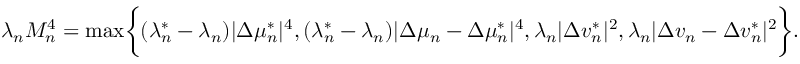
\begin{array} { r } { \lambda _ { n } M _ { n } ^ { 4 } = \operatorname* { m a x } \biggr \{ ( \lambda _ { n } ^ { * } - \lambda _ { n } ) | \Delta \mu _ { n } ^ { * } | ^ { 4 } , ( \lambda _ { n } ^ { * } - \lambda _ { n } ) | \Delta \mu _ { n } - \Delta \mu _ { n } ^ { * } | ^ { 4 } , \lambda _ { n } | \Delta v _ { n } ^ { * } | ^ { 2 } , \lambda _ { n } | \Delta v _ { n } - \Delta v _ { n } ^ { * } | ^ { 2 } \biggr \} . } \end{array}